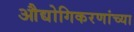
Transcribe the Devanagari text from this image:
औद्योगिकरणांच्या